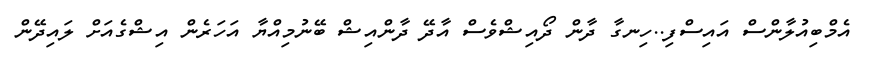
އެމްބިއުލާންސް އައިސްފި..ހިނގާ ދާން ދޯއިޝްވެސް އާދޭ ދާންއިޝް ބޭނުމިއްޔާ އަހަރެން އިޝްގެއަށް ލައިދޭން